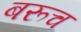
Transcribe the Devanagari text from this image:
बरूच